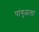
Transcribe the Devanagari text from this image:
पांगुळलां